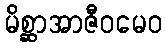
မိစ္ဆာအာဇီဝမေဝ